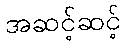
အဆင့်ဆင့်